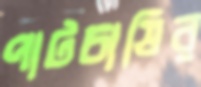
পাটচাষির